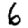
Digit: 6